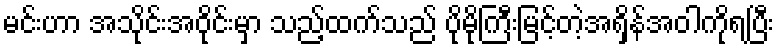
မင်းဟာ အသိုင်းအဝိုင်းမှာ သည့်ထက်သည် ပိုမိုကြီးမြင့်တဲ့အရှိန်အဝါကိုရပြီး